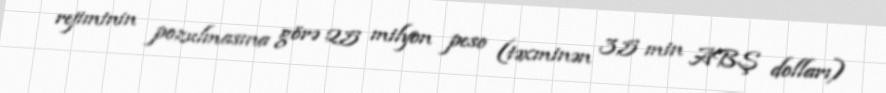
rejiminin pozulmasına görə 2,5 milyon peso (təxminən 3,5 min ABŞ dolları)